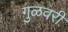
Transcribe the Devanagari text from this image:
गुळवरी